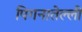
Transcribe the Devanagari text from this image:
पिगनातेल्ली